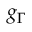
g _ { \Gamma }